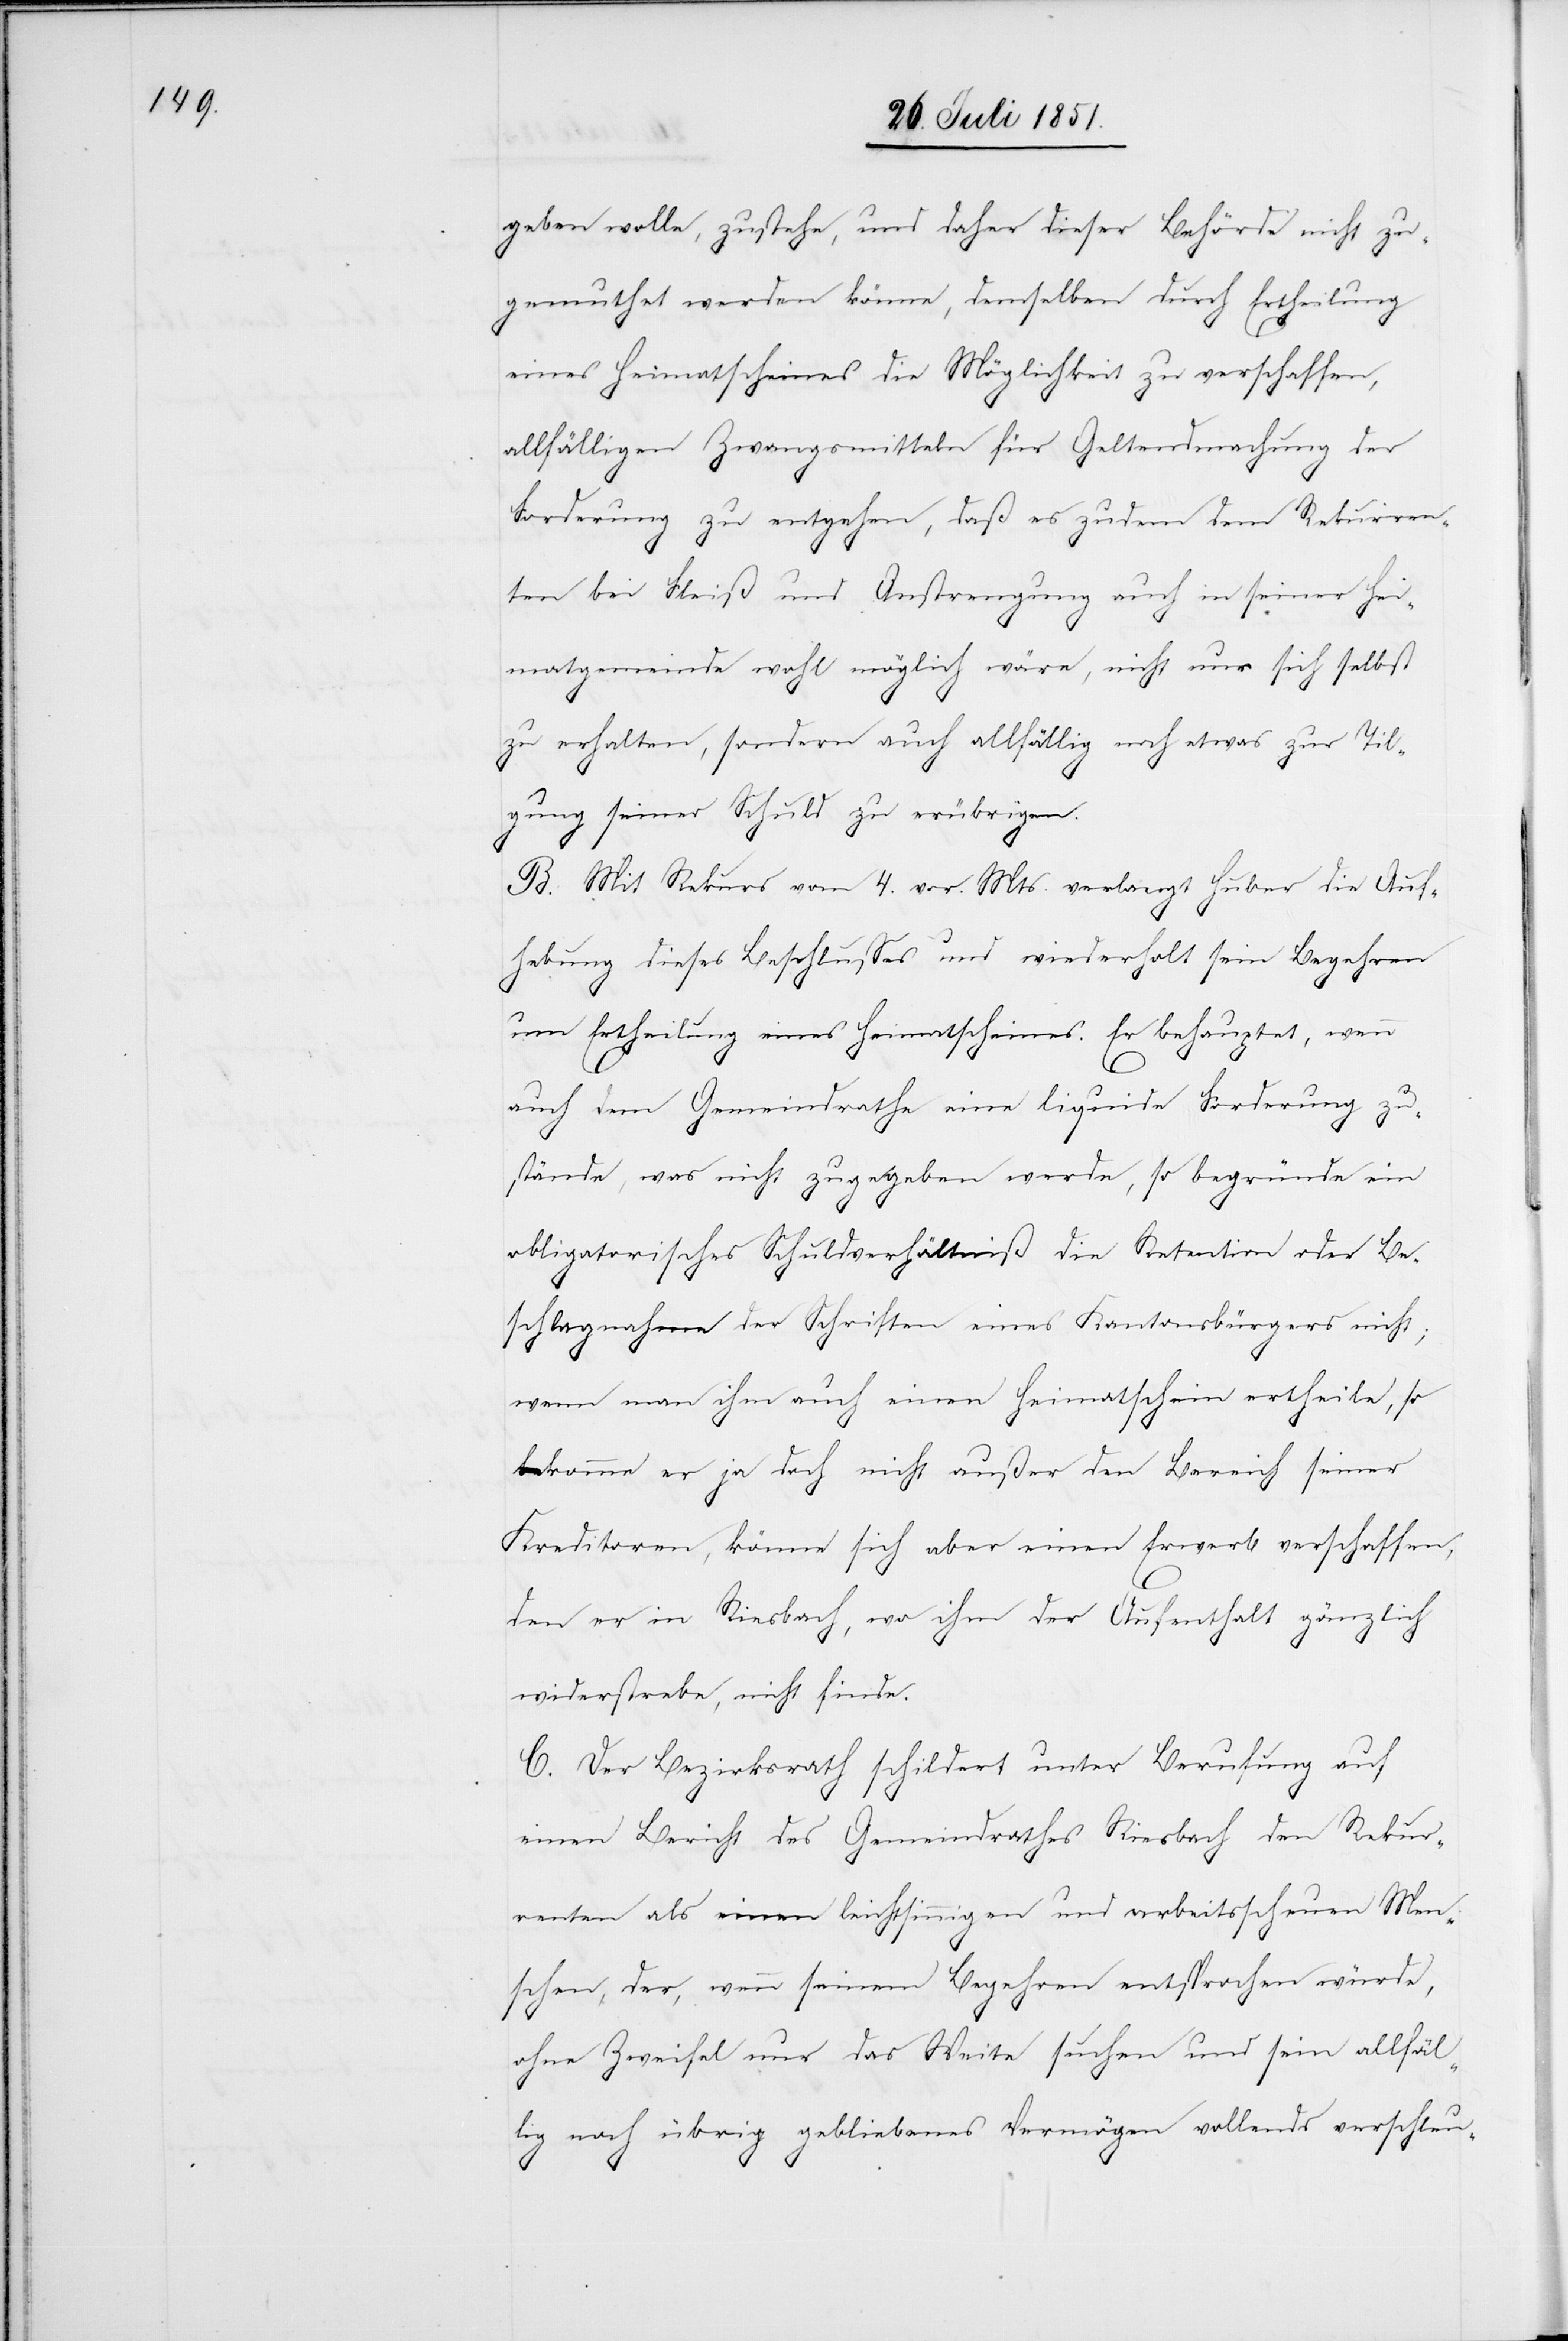
geben wolle, zustehe, und daher dieser Behörde nicht zu¬
gemuthet werden könne, demselben durch Ertheilung
eines Heimatscheines die Möglichkeit zu verschaffen,
allfälligen Zwangsmitteln für Geltendmachung der
Forderung zu entgehen, daß es zudem dem Rekurren¬
ten bei Fleiß und Anstrengung auch in seiner Hei¬
matgemeinde wohl möglich wäre, nicht nur sich selbst
zu erhalten, sondern auch allfällig noch etwas zur Til¬
gung seiner Schuld zu erübrigen.
B. Mit Rekurs vom 4. vor. Mts. verlangt Huber die Auf¬
hebung dieses Beschlusses und wiederholt sein Begehren
um Ertheilung eines Heimatscheines. Er behauptet, wenn
auch dem Gemeindrathe eine liquide Forderung zu¬
stände, was nicht zugegeben werde, so begründe ein
obligatorisches Schuldverhältniß die Retention oder Be¬
schlagnahme der Schriften eines Kantonsbürgers nicht;
wenn man ihm auch einen Heimatschein ertheile, so
komme er ja doch nicht außer den Bereich seiner
Kreditoren, könne sich aber einen Erwerb verschaffen,
den er in Riesbach, wo ihm der Aufenthalt gänzlich
widerstrebe, nicht finde.
C. Der Bezirksrath schildert unter Berufung auf
einen Bericht des Gemeindrathes Riesbach den Rekur¬
renten als einen leichtsinnigen und arbeitsscheuen Men¬
schen, der, wenn seinem Begehren entsprochen würde,
ohne Zweifel nur das Weite suchen und sein allfäl¬
lig noch übrig gebliebenes Vermögen vollends verschleu-